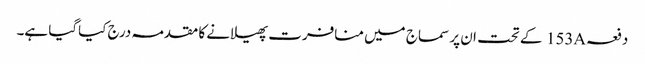
دفعہ153A کے تحت ان پر سماج میں منافرت پھیلانے کا مقدمہ درج کیاگیا ہے۔